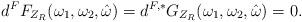
LaTeX: \begin{align*}d^F F_{Z_R}(\omega_1,\omega_2,\hat{\omega}) =d^{F,*} G_{Z_R}(\omega_1,\omega_2,\hat{\omega}) = 0 .\end{align*}